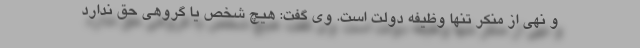
و نهی از منکر تنها وظیفه دولت است. وی گفت: هیچ شخص یا گروهی حق ندارد